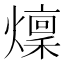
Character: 燣